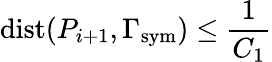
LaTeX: \mathrm{dist}(P_{i+1},\Gamma_{\mathrm{{sym}}})\leq\frac{1}{C_{1}}